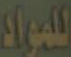
للمواد